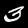
Label: 3